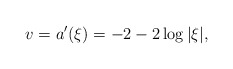
\begin{align*}v = a'(\xi) = -2-2\log|\xi|,\end{align*}